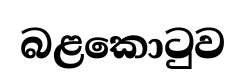
බළකොටුව